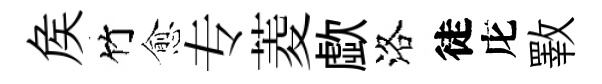
矦竹愈专菱歔洛徒庀斁